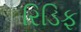
રિડિફ